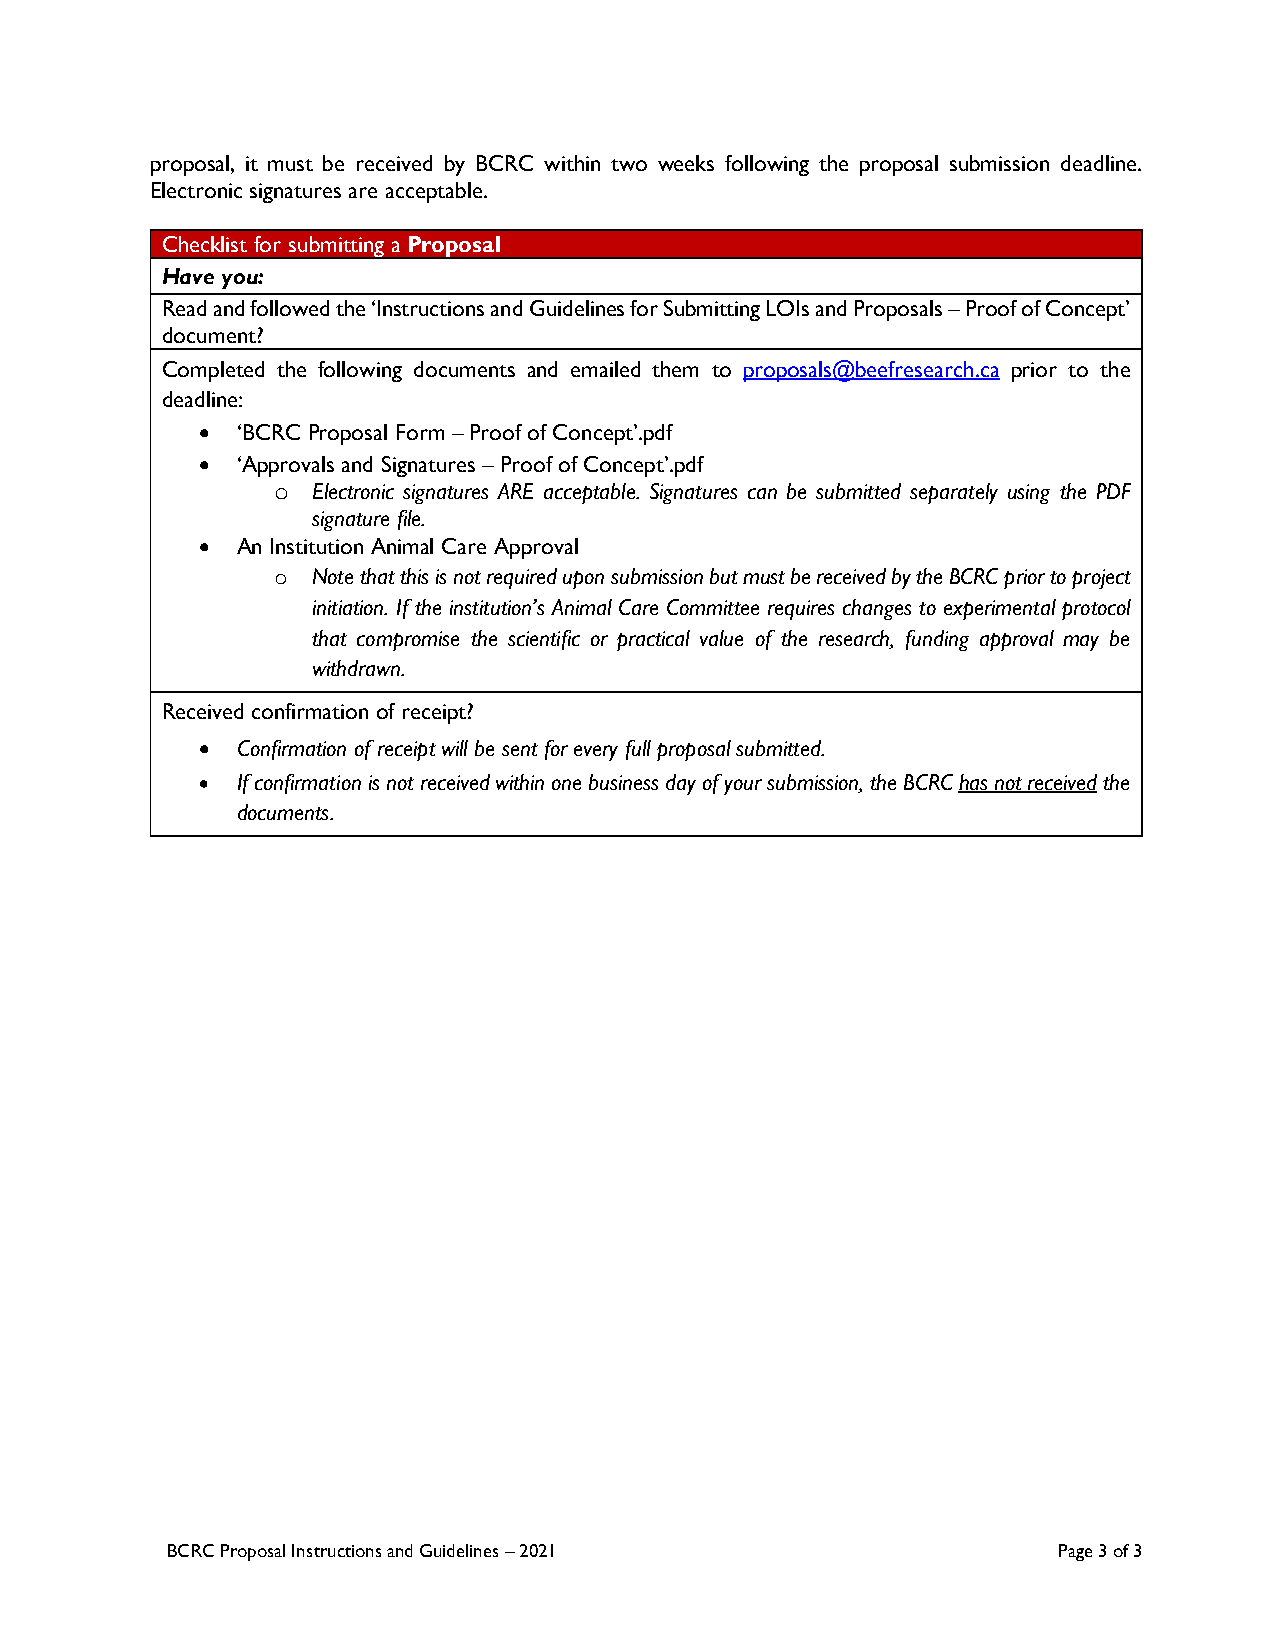
proposal, it must be received by BCRC within two weeks following the proposal submission deadline.
 Electronic signatures are acceptable.
 Checklist for submitting a Proposal
 Have you:
 Read and followed the ‘Instructions and Guidelines for Submitting LOIs and Proposals – Proof of Concept’
 document?
 Completed the following documents and emailed them to proposals@beefresearch.ca prior to the
 deadline:
 •  ‘BCRC Proposal Form – Proof of Concept’.pdf
 •  ‘Approvals and Signatures – Proof of Concept’.pdf
 Electronic signatures ARE acceptable. Signatures can be submitted separately using the PDF
 o
 signature file.
 •  An Institution Animal Care Approval
 Note that this is not required upon submission but must be received by the BCRC prior to project
 o
 initiation. If the institution’s Animal Care Committee requires changes to experimental protocol
 that compromise the scientific or practical value of the research, funding approval may be
 withdrawn.
 Received confirmation of receipt?
 •  Confirmation of receipt will be sent for every full proposal submitted.
 •  If confirmation is not received within one business day of your submission, the BCRC has not received the
 documents.
 BCRC Proposal Instructions and Guidelines – 2021           Page 3 of 3